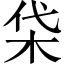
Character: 柋